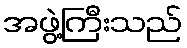
အဖွဲ့ကြီးသည်